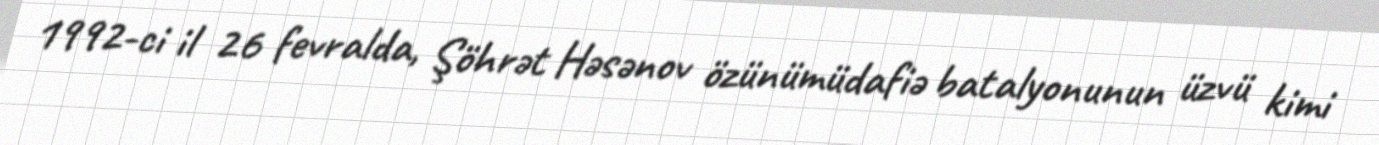
1992-ci il 26 fevralda, Şöhrət Həsənov özünümüdafiə batalyonunun üzvü kimi